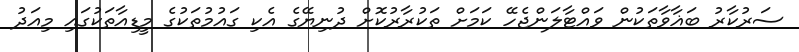
ސަރުކާރު ބަޣާވާތަކުން ވައްޓާލަންޖެހޭ ކަމަށް ތަކުރާރުކޮށް ދުނިޔޭގެ އެކި ގައުމުތަކުގެ މީޑިއާތަކުގައި މިއަދު